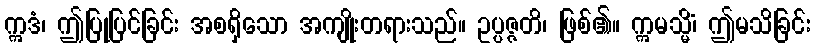
ဣဒံ၊ ဤပြုပြင်ခြင်း အစရှိသော အကျိုးတရားသည်။ ဥပ္ပဇ္ဇတိ၊ ဖြစ်၏။ ဣမသ္မိံ၊ ဤမသိခြင်း